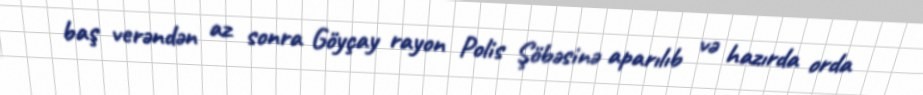
baş verəndən az sonra Göyçay rayon Polis Şöbəsinə aparılıb və hazırda orda